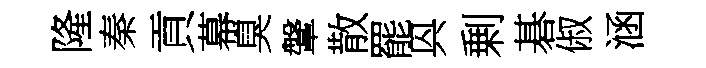
隆秦貢幕臭鞶散罷㒷剰碁俶涵